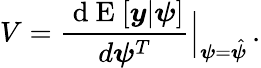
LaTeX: V=\frac{\mathrm{~d~E~}[\boldsymbol{y}|\boldsymbol{\psi}]}{d\boldsymbol{\psi}^{T}}\Bigr|_{{\boldsymbol{\psi}}={\hat{\boldsymbol{\psi}}}}\, .